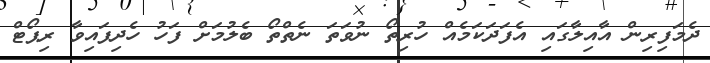
ދެމަފިރިން އާއިލާގައި އެފަދަކަމެއް ހުރިތޯ ނުވަތަ ނެތްތޯ ބެލުމަށް ފަހު ހެދިފައިވާ ރިޕޯޓް